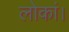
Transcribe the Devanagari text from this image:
लोकां।